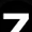
Digit: 7